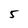
Character: 5